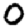
Digit: 0